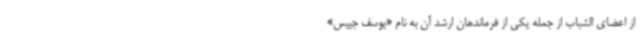
از اعضای الشباب از جمله یکی از فرماندهان ارشد آن به نام «یوسف جییس»